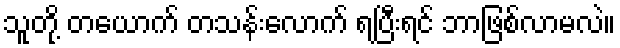
သူတို့ တယောက် တသန်းလောက် ရပြီးရင် ဘာဖြစ်လာမလဲ။